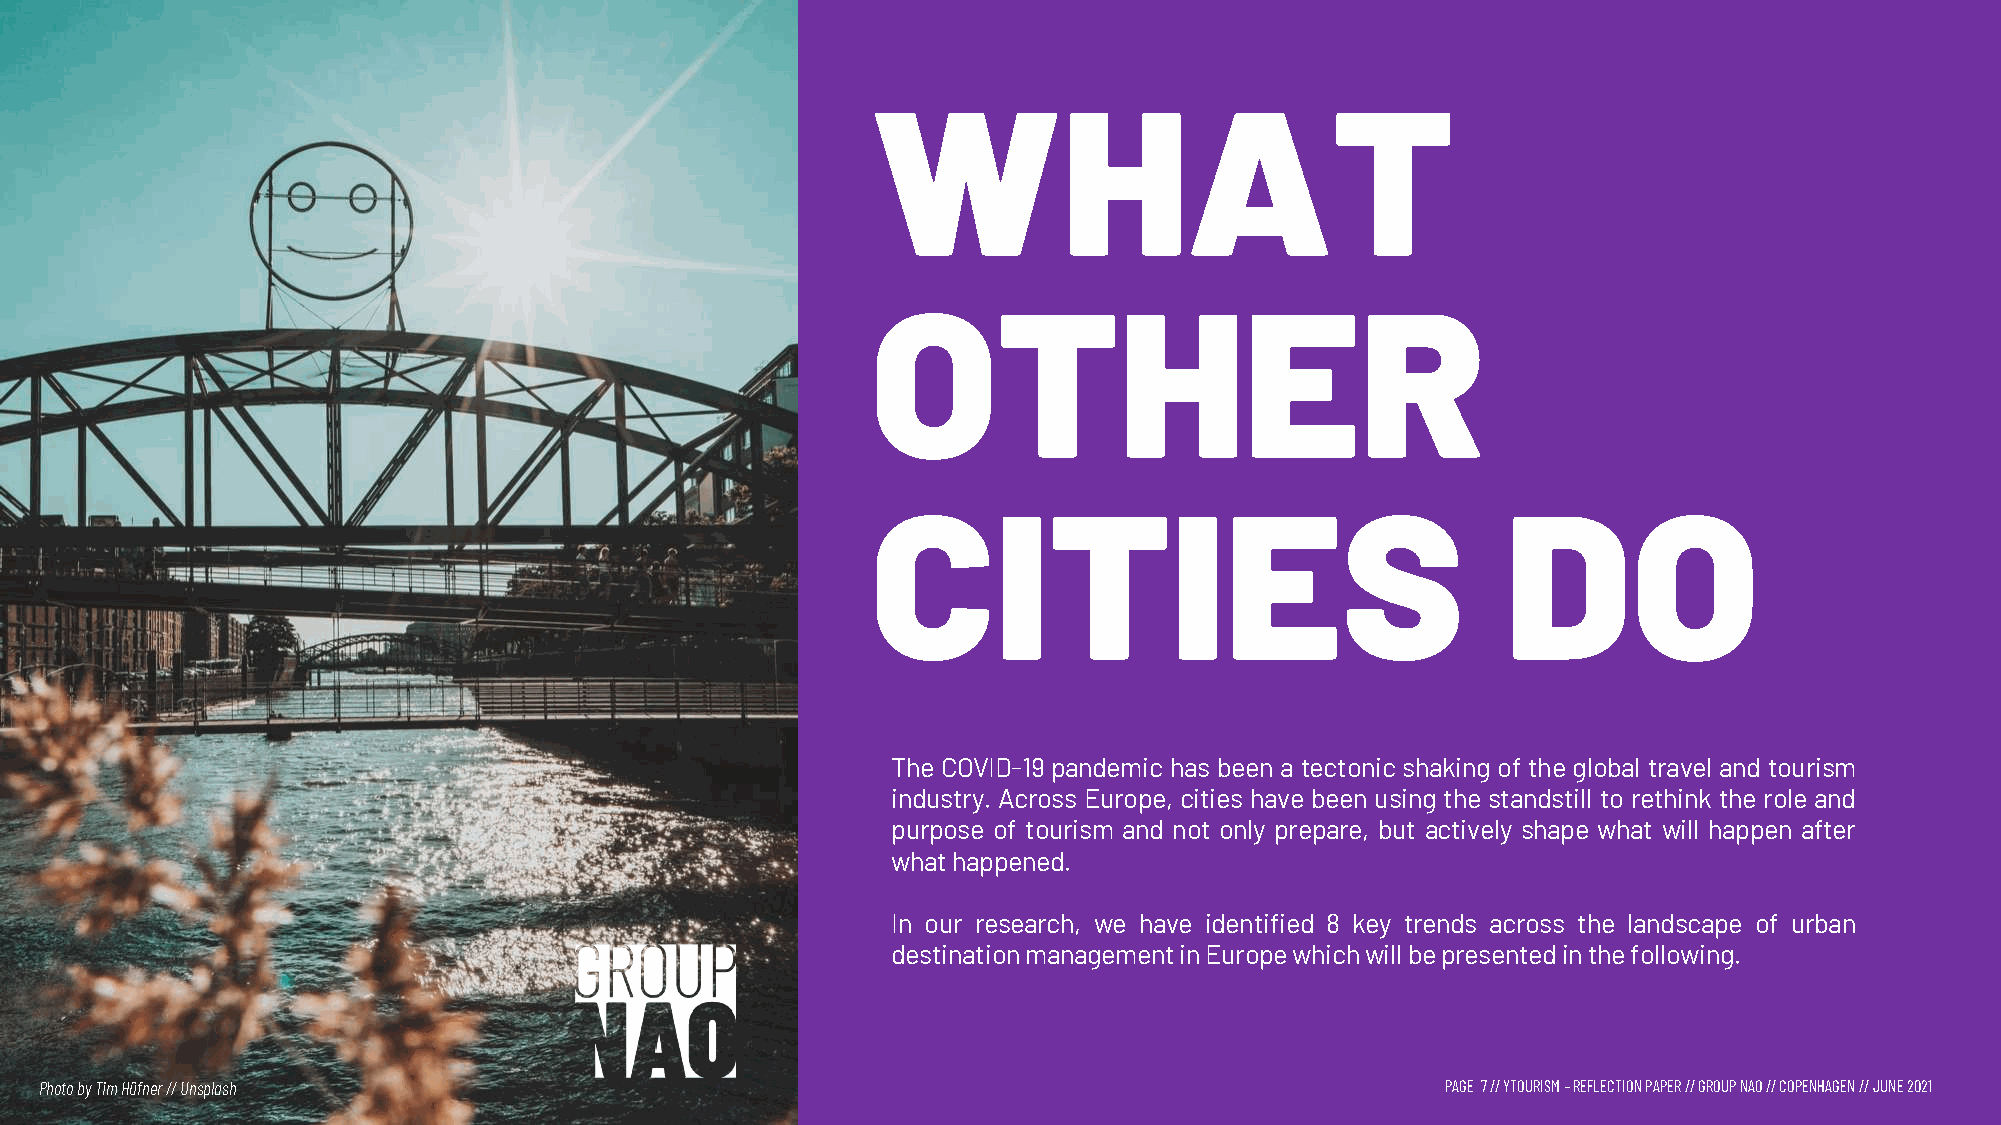
WHAT
 OTHER
 CITIES                                    DO
 The COVID-19 pandemic has been a tectonic shaking of the global travel and tourism
 industry. Across Europe, cities have been using the standstill to rethink the role and
 purpose of tourism and not only prepare, but actively shape what will happen after
 whathappened.
 In our research, we have identified 8 key trends across the landscape of urban
 destinationmanagementinEuropewhichwillbepresentedinthefollowing.
 Photo byTim Hüfner// Unsplash                                                                PAGE 7// YTOURISM –REFLECTION PAPER // GROUP NAO // COPENHAGEN // JUNE 2021